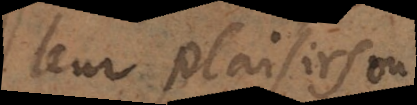
leurs plaisirs